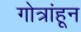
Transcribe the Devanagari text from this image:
गोत्रांहून